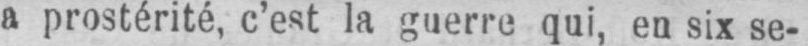
a prostérité, c’est la guerre qui, en six se-